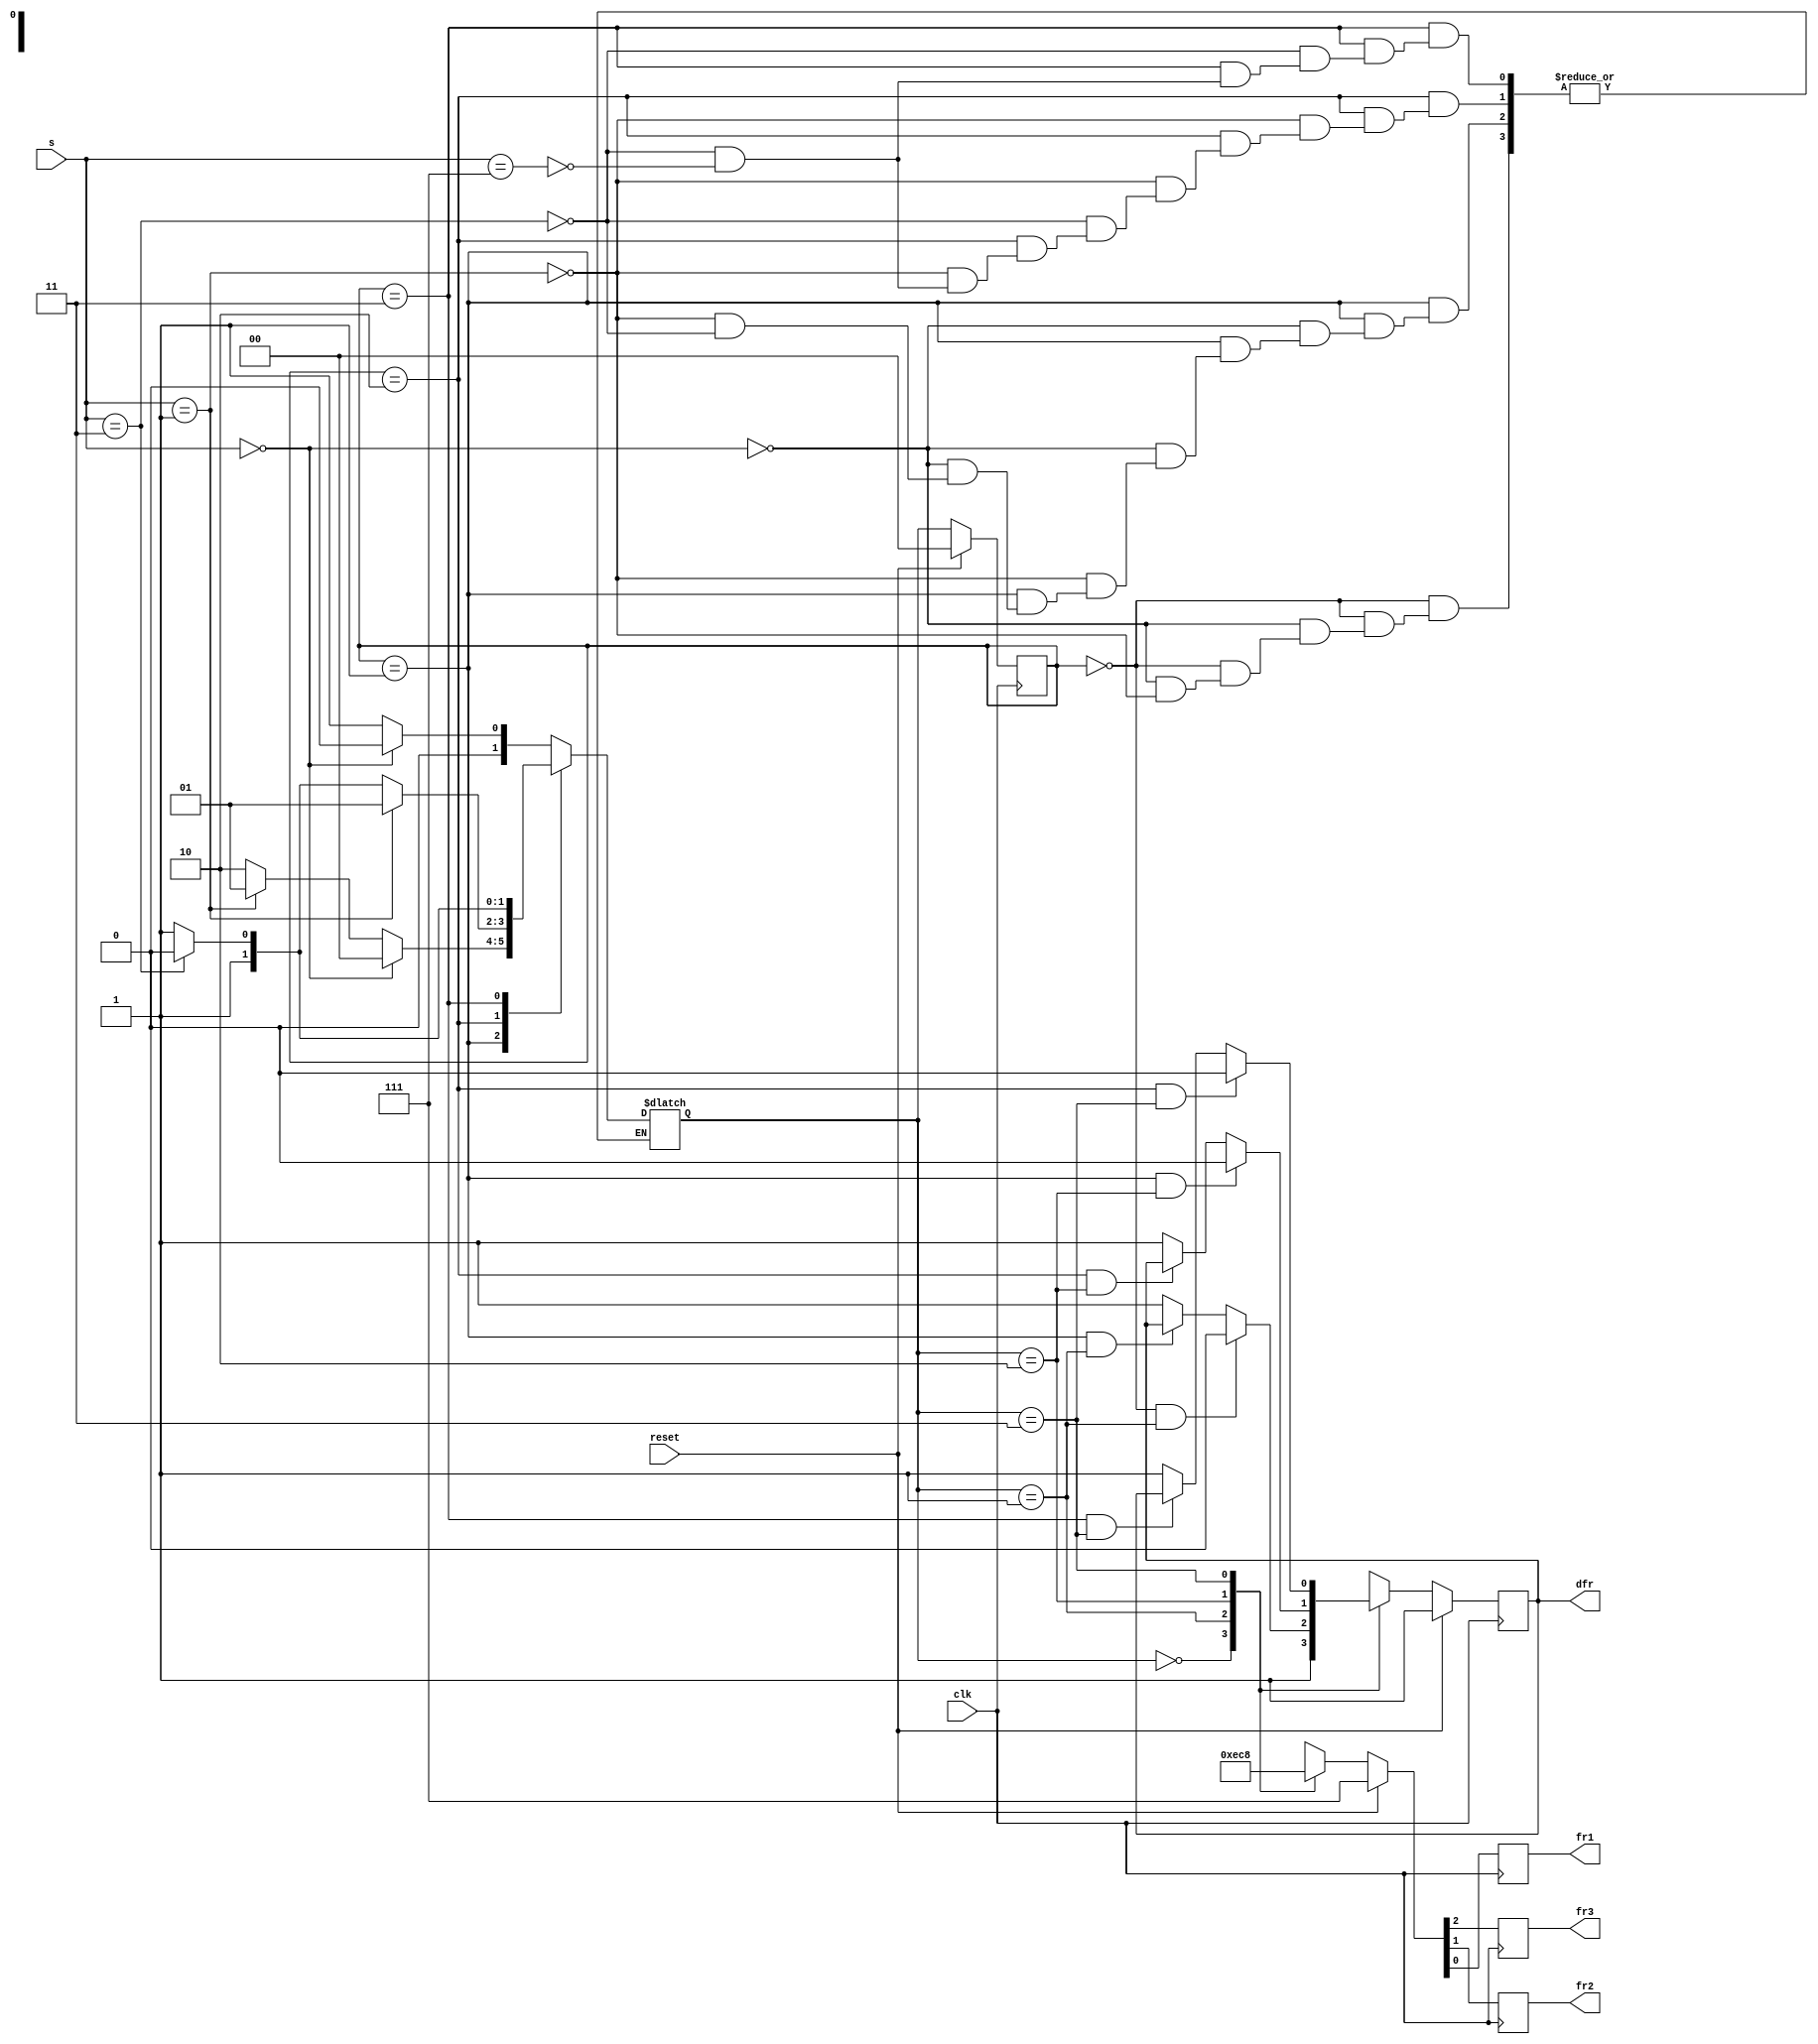
module top_module (
    input clk,
    input reset,
    input [3:1] s,
    output reg fr3,
    output reg fr2,
    output reg fr1,
    output reg dfr
    );
    parameter s0 = 0, s1 = 1, s2 = 2, s3 = 3;
    reg [1:0] state, next_state;
    always @(*) begin
        case(state)
            s0: if(s == 3'b000) next_state = s0;
                else if(s == 3'b001) next_state = s1;
            s1: if(s == 3'b000) next_state = s0;
                else if(s == 3'b001) next_state = s1;
                else if(s == 3'b011) next_state = s2;
            s2: if(s == 3'b001) next_state = s1;
                else if(s == 3'b011) next_state = s2;
                else if(s == 3'b111) next_state = s3;
            s3: if(s == 3'b011) next_state = s2;
                else if(s == 3'b111) next_state = s3;
            default: next_state = s0;
        endcase
    end

    always @(posedge clk) begin
        if(reset) begin
            state <= s0;
        end else begin
            state <= next_state;
        end
    end
    always @(posedge clk) begin
        if(reset) begin
            {fr3, fr2, fr1, dfr} <= 4'b1111;
        end else begin
            case(next_state)
                s0: begin
                    {fr3, fr2, fr1, dfr} <= 4'b1111;                
                end
                s1: begin
                    {fr3, fr2, fr1, dfr} <= 4'b0110;
                    if (state == s0 && next_state == s1) dfr <= 1'b0 ;
                    else if(state == s1 && next_state == s1) dfr <= dfr;
                    else dfr <= 1'b1;
                end
                s2: begin
                    {fr3, fr2, fr1, dfr} <= 4'b0010;
                    if (state == s1 && next_state == s2) dfr <= 1'b0 ;
                    else if(state == s2 && next_state == s2) dfr <= dfr;
                    else dfr <= 1'b1;
                end
                s3: begin
                    {fr3, fr2, fr1, dfr} <= 4'b0001;
                    if (state == s2 && next_state == s3) dfr <= 1'b0 ;
                    else if(state == s3 && next_state == s3) dfr <= dfr;
                    else dfr <= 1'b1;
                end
            endcase
        end
    end

endmodule